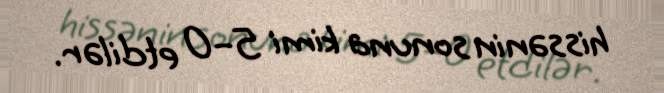
hissənin sonuna kimi 5–0 etdilər.